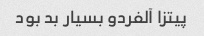
پیتزا آلفردو بسیار بد بود